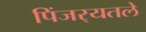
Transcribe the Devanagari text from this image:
पिंजर्‍यतले